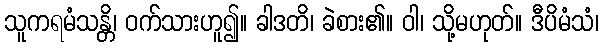
သူကရမံသန္တိ၊ ဝက်သားဟူ၍။ ခါဒတိ၊ ခဲစား၏။ ဝါ၊ သို့မဟုတ်။ ဒီပိမံသံ၊